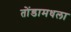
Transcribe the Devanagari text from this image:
तोंडामधला